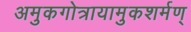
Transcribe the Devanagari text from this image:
अमुकगोत्रायामुकशर्मण्